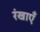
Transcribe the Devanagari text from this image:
रंखाएँ